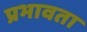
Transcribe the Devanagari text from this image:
प्रभावता